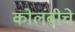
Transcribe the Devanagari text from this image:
कोलंबीचे